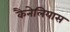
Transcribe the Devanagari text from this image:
कैनेलियास